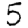
Digit: 5